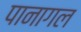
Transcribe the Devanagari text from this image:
पानागल